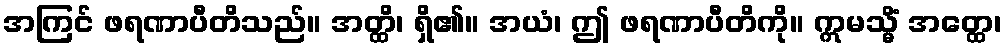
အကြင် ဖရဏာပီတိသည်။ အတ္ထိ၊ ရှိ၏။ အယံ၊ ဤ ဖရဏာပီတိကို။ ဣမသ္မိံ အတ္ထေ၊